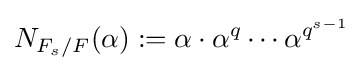
N_{F_{s}/F}(\alpha ):=\alpha \cdot \alpha ^{q}\cdots \alpha ^{q^{s-1}}